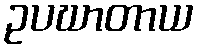
ဥပဃာတာယ